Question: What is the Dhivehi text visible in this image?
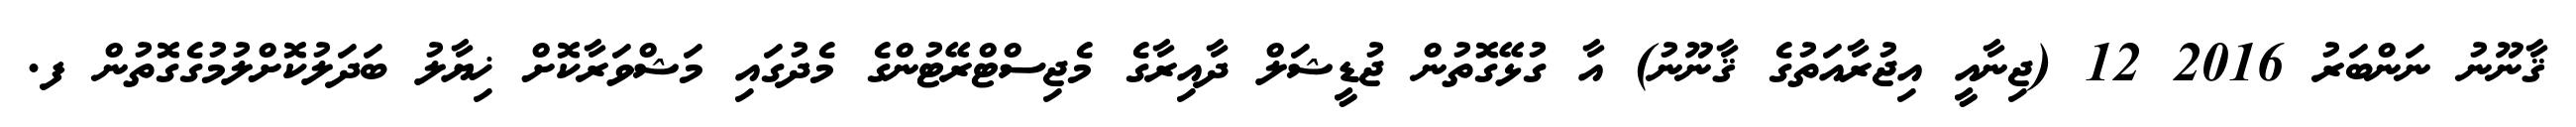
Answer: ޤާނޫނު ނަންބަރު 2016 12 (ޖިނާއީ އިޖުރާއަތުގެ ޤާނޫނު) އާ ގުޅޭގޮތުން ޖުޑީޝަލް ދާއިރާގެ މެޖިސްޓްރޭޓުންގެ މެދުގައި މަޝްވަރާކޮށް ޚިޔާލު ބަދަލުކޮށްލުމުގެގޮތުން ފ.